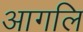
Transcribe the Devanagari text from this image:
आगलि